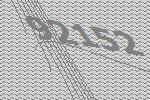
92152